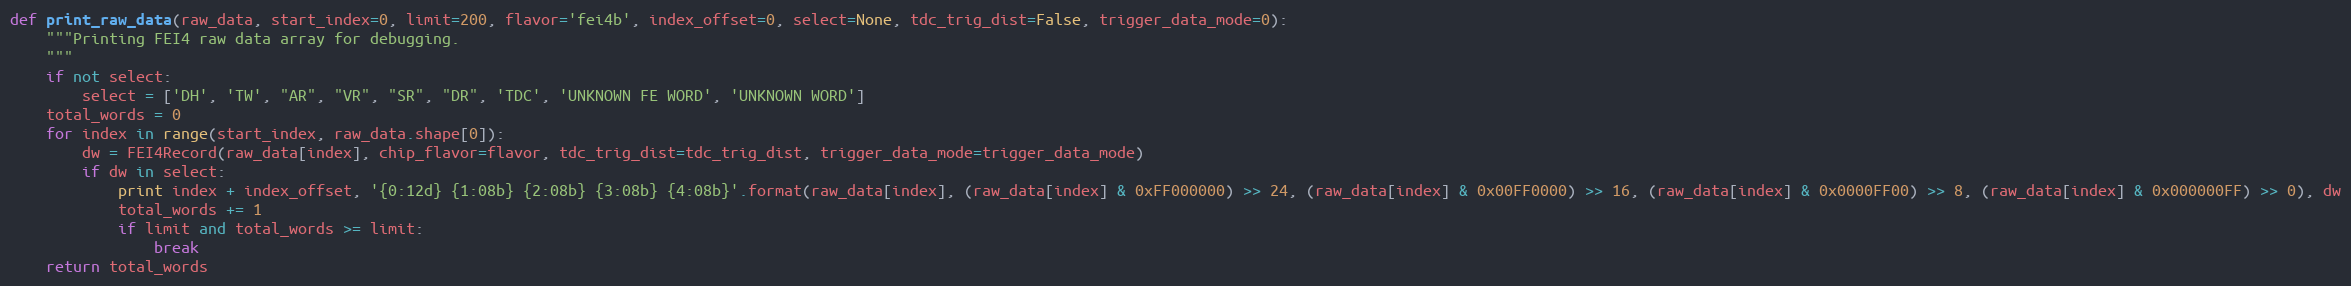
Language: Python
def print_raw_data(raw_data, start_index=0, limit=200, flavor='fei4b', index_offset=0, select=None, tdc_trig_dist=False, trigger_data_mode=0):
    """Printing FEI4 raw data array for debugging.
    """
    if not select:
        select = ['DH', 'TW', "AR", "VR", "SR", "DR", 'TDC', 'UNKNOWN FE WORD', 'UNKNOWN WORD']
    total_words = 0
    for index in range(start_index, raw_data.shape[0]):
        dw = FEI4Record(raw_data[index], chip_flavor=flavor, tdc_trig_dist=tdc_trig_dist, trigger_data_mode=trigger_data_mode)
        if dw in select:
            print index + index_offset, '{0:12d} {1:08b} {2:08b} {3:08b} {4:08b}'.format(raw_data[index], (raw_data[index] & 0xFF000000) >> 24, (raw_data[index] & 0x00FF0000) >> 16, (raw_data[index] & 0x0000FF00) >> 8, (raw_data[index] & 0x000000FF) >> 0), dw
            total_words += 1
            if limit and total_words >= limit:
                break
    return total_words